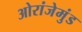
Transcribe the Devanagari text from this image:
ओरांजेमुंड